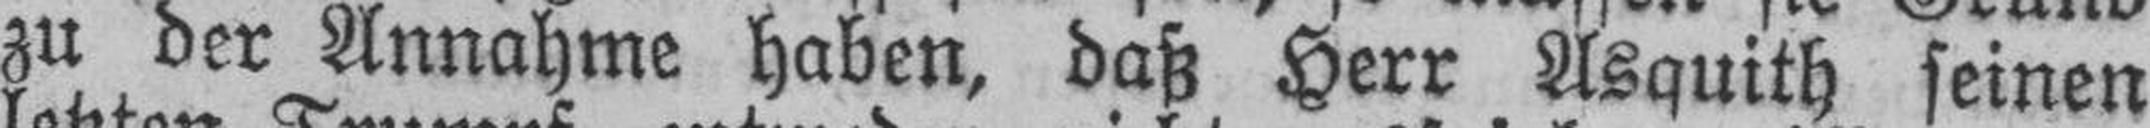
zu der Annahme haben, daß Herr Asquith seinen